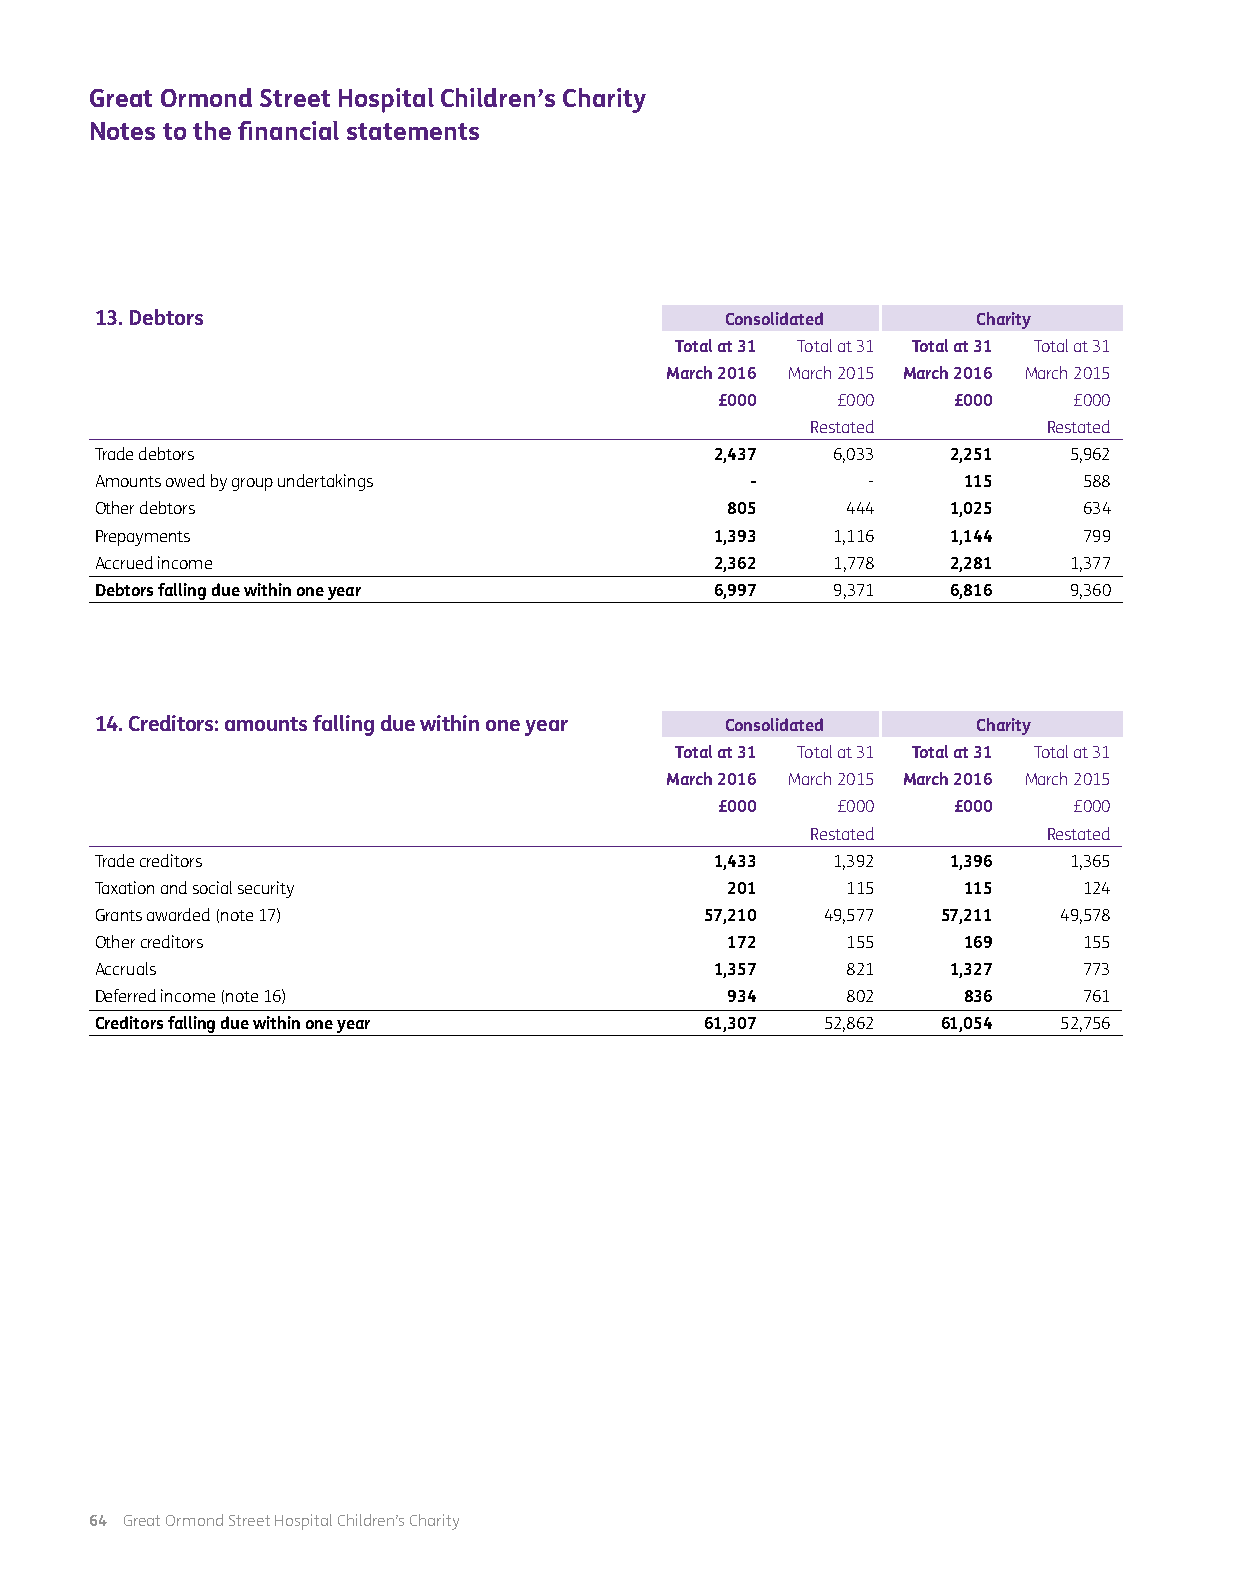
Great Ormond Street Hospital Children’s Charity
 Notes to the financial statements
 13. Debtors                               Consolidated     Charity
 Total at 31 Total at 31 Total at 31 Total at 31
 March 2016 March 2015 March 2016 March 2015
 £000    £000    £000    £000
 Restated       Restated
 Trade debtors                            2,437   6,033   2,251   5,962
 Amounts owed by group undertakings          -      -      115     588
 Other debtors                             805     444    1,025    634
 Prepayments                              1,393   1,116   1,144    799
 Accrued income                           2,362   1,778   2,281   1,377
 Debtors falling due within one year      6,997   9,371   6,816   9,360
 14. Creditors: amounts falling due within one year Consolidated Charity
 Total at 31 Total at 31 Total at 31 Total at 31
 March 2016 March 2015 March 2016 March 2015
 £000    £000    £000    £000
 Restated       Restated
 Trade creditors                          1,433   1,392   1,396   1,365
 Taxation and social security              201     115     115     124
 Grants awarded (note 17)                 57,210  49,577 57,211  49,578
 Other creditors                           172     155     169     155
 Accruals                                 1,357    821    1,327    773
 Deferred income (note 16)                 934     802     836     761
 Creditors falling due within one year    61,307  52,862 61,054  52,756
 64 Great Ormond Street Hospital Children’s Charity